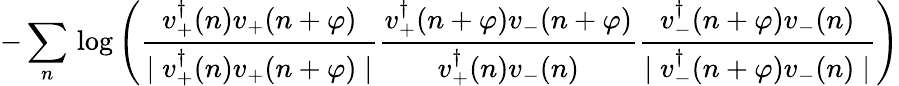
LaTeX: -\sum_{n}\, \log\left(\frac{v_{+}^{\dagger}(n)v_{+}(n+\varphi)}{\mid v_{+}^{\dagger}(n)v_{+}(n+\varphi)\mid}\frac{v_{+}^{\dagger}(n+\varphi)v_{-}(n+\varphi)}{v_{+}^{\dagger}(n)v_{-}(n)}\frac{v_{-}^{\dagger}(n+\varphi)v_{-}(n)}{\mid v_{-}^{\dagger}(n+\varphi)v_{-}(n)\mid}\right)